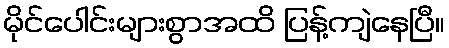
မိုင်ပေါင်းများစွာအထိ ပြန့်ကျဲနေပြီ။